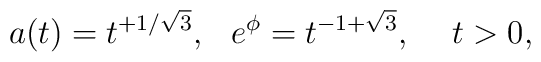
a(t) = t^{+ 1/\sqrt 3}, \hskip0.3cm e^\phi = t^{-1 + \sqrt 3}, \hskip0.5cm t > 0,